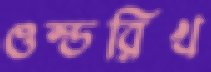
ওল্ডরিখ